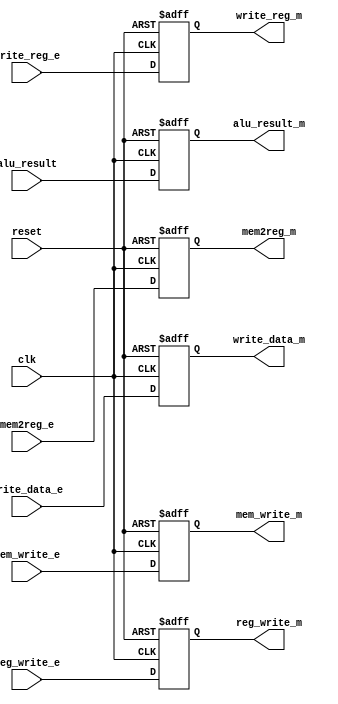
module memory_pipe_reg 
#(parameter data_width=32 ,op_width=5)
(input clk,
input reset ,
input [data_width-1:0] alu_result ,
input [data_width-1:0] write_data_e ,//to be written in data_memory
input [op_width-1:0] write_reg_e, //write address @ reg_file 
//control_signals 
input reg_write_e,
input mem2reg_e,
input mem_write_e,
//---------outputs --------
output reg reg_write_m,
output reg mem2reg_m,
output reg mem_write_m,
output reg [data_width-1:0] alu_result_m,
output reg [data_width-1:0] write_data_m,
output reg [op_width-1:0] write_reg_m
);
always @ (posedge clk ,negedge reset )begin
    if (!reset)begin
reg_write_m<=1'b0;
 mem2reg_m<=1'b0;
 mem_write_m<=1'b0;
alu_result_m<={data_width{1'b0}};
write_data_m<={data_width{1'b0}};
 write_reg_m<={op_width{1'b0}};
    end
    else begin
reg_write_m<=reg_write_e;
 mem2reg_m<=mem2reg_e;
 mem_write_m<=mem_write_e;
alu_result_m<=alu_result;
write_data_m<=write_data_e;
 write_reg_m<=write_reg_e;
    end
end
endmodule